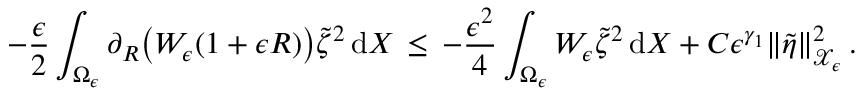
- \frac { \epsilon } { 2 } \int _ { \Omega _ { \epsilon } } \partial _ { R } \bigl ( W _ { \epsilon } ( 1 + \epsilon R ) \bigr ) \tilde { \zeta } ^ { 2 } \, \mathrm { d } X \, \le \, - \frac { \epsilon ^ { 2 } } { 4 } \int _ { \Omega _ { \epsilon } } W _ { \epsilon } \tilde { \zeta } ^ { 2 } \, \mathrm { d } X + C \epsilon ^ { \gamma _ { 1 } } \| \tilde { \eta } \| _ { \mathcal { X } _ { \epsilon } } ^ { 2 } \, .